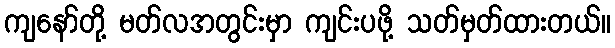
ကျနော်တို့ မတ်လအတွင်းမှာ ကျင်းပဖို့ သတ်မှတ်ထားတယ်။